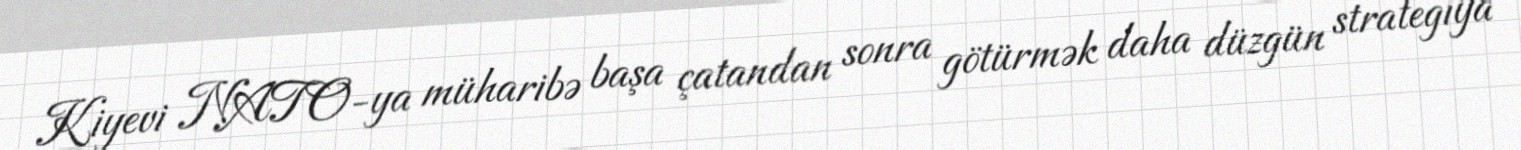
Kiyevi NATO-ya müharibə başa çatandan sonra götürmək daha düzgün strategiya